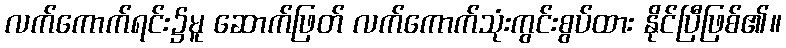
လက်ကောက်ရင်း၌မူ ဆောက်ဖြတ် လက်ကောက်သုံးကွင်းစွပ်ထား နိုင်ပြီဖြစ်၏။